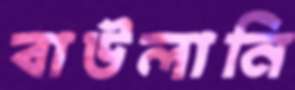
বাউলানি